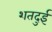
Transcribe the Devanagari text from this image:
शतदुई